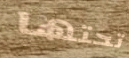
تحتها